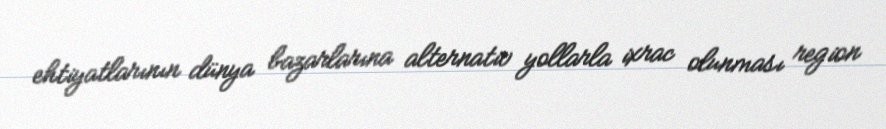
ehtiyatlarının dünya bazarlarına alternativ yollarla ixrac olunması region